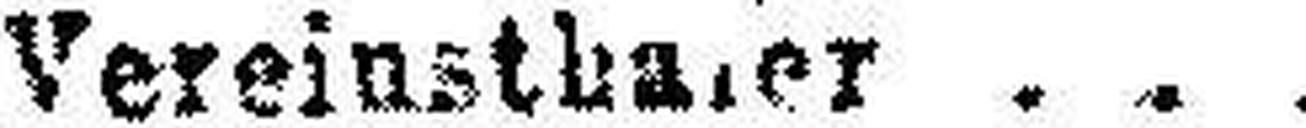
Vereinstha###er